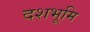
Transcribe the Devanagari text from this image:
दशभूमि